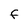
Character: F